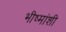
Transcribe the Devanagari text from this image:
भीष्मांशी